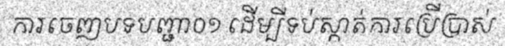
ការចេញបទបញ្ជា០១ ដើម្បីទប់ស្កាត់ការប្រើប្រាស់